Report of the Indian Hemp Drugs Commission, 1894-1895 - Volume V
Year: 1894
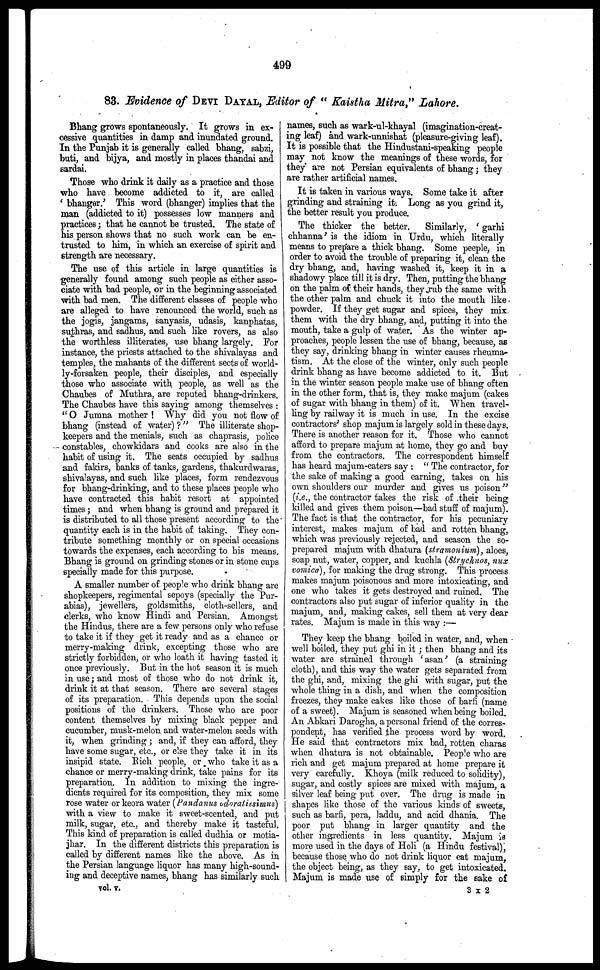
499
83. Evidence of DEVI DAYAL , Editor of " Kaistha Mitra" Lahore.
Bhang grows spontaneously. It grows in ex-
cessive quantities in damp and inundated ground.
In the Punjab it is generally called bhang, sabzi,
buti, and bijya, and mostly in places thandai and
sardai.
Those who drink it daily as a practice and those
who have become addicted to it, are called
' bhanger.' This word (bhanger) implies that the
man (addicted to it) possesses low manners and
practices; that he cannot be trusted. The state of
his person shows that no such work can be en-
trusted to him, in which an exercise of spirit and
strength are necessary.
The use of this article in large quantities is
generally found among such people as either asso-
ciate with bad people, or in the beginning associated
with bad men. The different classes of people who
are alleged to have renounced the world, such as
the jogis, jangams, sanyasis, udasis, kanphatas,
suthras, and sadhus, and such like rovers, as also
the worthless illiterates, use bhang largely. For
instance, the priests attached to the shivalayas and
temples, the mahants of the different sects of world-
ly-forsaken people, their disciples, and especially
those who associate with people, as well as the
Chaubes of Muthra, are reputed bhang-drinkers.
The Chaubes have this saying among themselves :
" O Jumna mother ! Why did you not flow of
bhang (instead of water) ?" The illiterate shop-
keepers and the menials, such as chaprasis, police
constables, chowkidars and cooks are also in the
habit of using it. The seats occupied by sadhus
and fakirs, banks of tanks, gardens, thakurdwaras,
shivalayas, and such like places, form rendezvous
for bkang-drinking, and to these places people who
have contracted this habit resort at appointed
times; and when bhang is ground and prepared it
is distributed to all those present according to the
quantity each is in the habit of taking. They con-
tribute something monthly or on special occasions
towards the expenses, each according to his means.
Bhang is ground on grinding stones or in stone cups
specially made for this purpose.
A smaller number of people who drink bhang are
shopkeepers, regimental sepoys (specially the Pur-
abias), jewellers, goldsmiths, cloth-sellers, and
clerks, who know Hindi and Persian. Amongst
the Hindus, there are a few persons only who refuse
to take it if they get it ready and as a chance or
merry-making drink, excepting those who are
strictly forbidden, or who loath it having tasted it
once previously. But in the hot season it is much
in use; and most of those who do not drink it,
drink it at that season. There are several stages
of its preparation. This depends upon the social
positions of the drinkers. Those who are poor
content themselves by mixing black pepper and
cucumber, musk-melon and water-melon seeds with
it, when grinding ; and, if they can afford, they
have some sugar, etc., or else they take it in its
insipid state. Rich people, or who take it as a
chance or merry-making drink, take pains for its
preparation. In addition to mixing the ingre-
dients required for its composition, they mix some
rose water or keora water (Pandanus oderatissimus)
with a view to make it sweet-scented, and put
milk, sugar, etc., and thereby make it tasteful.
This kind of preparation is called dudhia or motia-
jhar. In the different districts this preparation is
called by different names like the above. As in
the Persian language liquor has many high-sound-
ing and deceptive names, bhang has similarly such
vol. v.
names, such as wark-ul-khayal (imagination-creat-
ing leaf) and wark-unnishat (pleasure-giving leaf).
It is possible that the Hindustani-speaking people
may not know the meanings of these words, for
they are not Persian equivalents of bhang; they
are rather artificial names.
It is taken in various ways. Some take it after
grinding and straining it. Long as you grind it,
the better result you produce.
The thicker the better.
Similarly, ' garhi
chhanna' is the idiom in Urdu, which literally
means to prepare a thick bhang. Some peeple, in
order to avoid the trouble of preparing it, clean the
dry bhang, and, having washed it, keep it in a
shadowy place till it is dry. Then, putting the bhang
on the palm of their hands, they rub the same with
the other palm and chuck it into the mouth like
powder. If they get sugar and spices, they mix
them with the dry bhang, and, putting it into the
mouth, take a gulp of water. As the winter ap-
proaches, people lessen the use of bhang, because, as
they say, drinking bhang in winter causes rheuma-
tism. At the close of the winter, only such people
drink bhang as have become addicted to it. But
in the winter season people make use of bhang often
in the other form, that is, they make majum (cakes
of sugar with bhang in them) of it. When travel-
ling by railway it is much in use. In the excise
contractors' shop majum is largely sold in these days.
There is another reason for it. Those who cannot
afford to prepare majum at home, they go and buy
from the contractors. The correspondent himself
has heard majum-eaters say : " The contractor, for
the sake of making a good earning, takes on his
own shoulders our murder and gives us poison"
(i.e., the contractor takes the risk of their being
killed and gives them poison—bad stuff of majum).
The fact is that the contractor, for his pecuniary
interest, makes majum of bad and rotten bhang,
which was previously rejected, and season the so-
prepared majum with dhatura (stramonium), aloes,
soap nut, water, copper, and kuchla (Strychnos, nux
vomica), for making the drug strong. This process
makes majum poisonous and more intoxicating, and
one who takes it gets destroyed and ruined. The
contractors also put sugar of inferior quality in the
majum, and, making cakes, sell them at very dear
rates. Majum is made in this way :—
They keep the bhang boiled in water, and, when
well boiled, they put ghi in it ; then bhang and its
water are strained through 'asan' (a straining
cloth), and this way the water gets separated from
the ghi, and, mixing the ghi with sugar, put the
whole thing in a dish, and when the composition
freezes, they make cakes like those of barfi (name
of a sweet). Majum is seasoned when being boiled.
An Abkari Darogha, a personal friend of the corres-
pondent, has verified the process word by word.
He said that contractors mix bad, rotten charas
when dhatura is not obtainable. People who are
rich and get majum prepared at home prepare it
very carefully. Khoya (milk reduced to solidity),
sugar, and costly spices are mixed with majum, a
silver leaf being put over. The drug is made in
shapes like those of the various kinds of sweets,
such as barfi, pera, laddu, and acid dhania. The
poor put bhang in larger quantity and the
other ingredients in less quantity. Majum is
more used in the days of Holi (a Hindu festival),
because those who do not drink liquor eat majum,
the object being, as they say, to get intoxicated.
Majum is made use of simply for the sake of
3 X 2